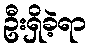
ဦးရှိခဲ့ရာ